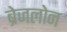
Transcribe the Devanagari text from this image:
ब्रेजलोन